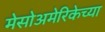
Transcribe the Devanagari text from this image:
मेसोअमेरिकेच्या